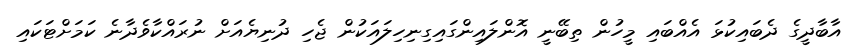
އާބާދީގެ ދެބައިކުޅަ އެއްބައި މީހުން ތިބޭނީ އޮންލައިންގައިގިނިހިލައަކުން ޖެހި ދުނިޔެއަށް ނުރައްކާވެދާނެ ކަމަށްޓަކައި